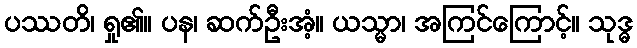
ပဿတိ၊ ရှု၏။ ပန၊ ဆက်ဦးအံ့။ ယသ္မာ၊ အကြင်ကြောင့်။ သုဒ္ဓ